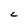
Character: C